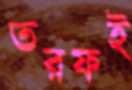
তরফই